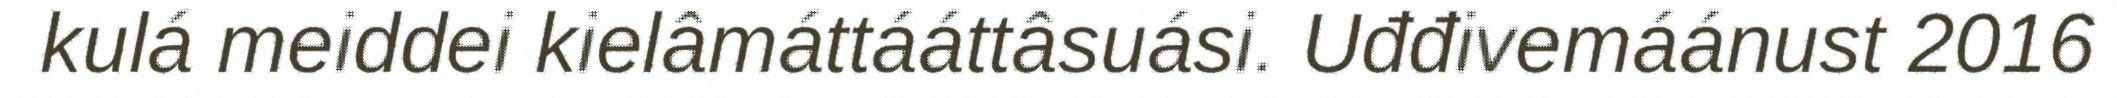
kulá meiddei kielâmáttááttâsuási. Uđđivemáánust 2016